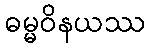
ဓမ္မဝိနယဿ